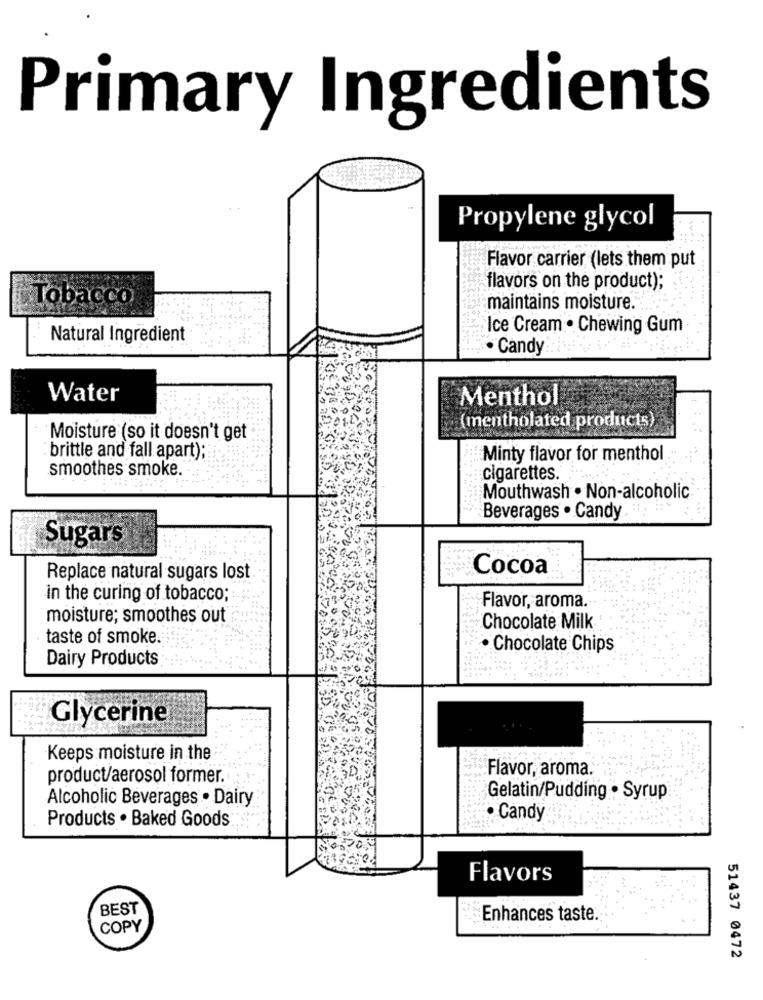
Primary Ingredients
Propylene glycol
Flavor carrier (lets them put
flavors on the product);
Tobacco
maintains moisture.
Ice Cream . Chewing Gum
Natural Ingredient
· Candy
Water
Menthol
(mentholated products)
Moisture (so it doesn't get
brittle and fall apart);
Minty flavor for menthol
smoothes smoke.
cigarettes. ....
Mouthwash . Non-alcoholic
Beverages . Candy
Sugars
Cocoa
Replace natural sugars lost
in the curing of tobacco;
Flavor, aroma.
moisture; smoothes out
Chocolate Milk
taste of smoke.
· Chocolate Chips
Dairy Products
Glycerine
Keeps moisture in the
product/aerosol former.
Flavor, aroma.
Alcoholic Beverages . Dairy
Gelatin/Pudding . Syrup
Products . Baked Goods
· Candy
Flavors
BEST
Enhances taste.
COPY
51437 0472